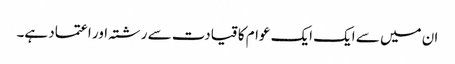
ان میں سے ایک ایک عوام کا قیادت سے رشتہ اور اعتماد ہے۔